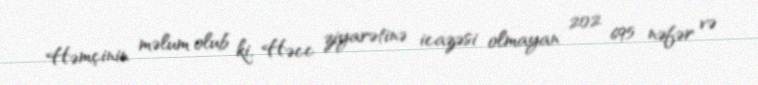
Həmçinin məlum olub ki, Həcc ziyarətinə icazəsi olmayan 202 695 nəfər və